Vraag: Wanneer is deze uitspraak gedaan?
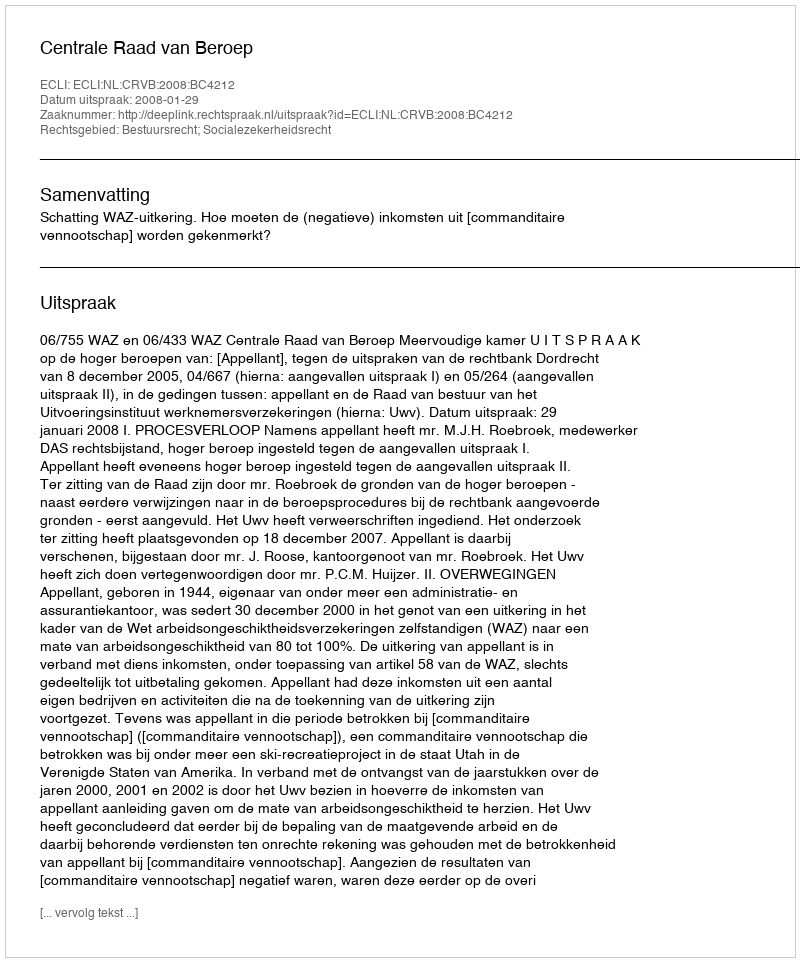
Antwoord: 2008-01-29